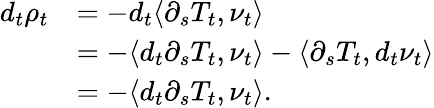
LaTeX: \begin{array}{rl}{d_{t}\rho_{t}}&{=-d_{t}\langle\partial_{s}T_{t},\nu_{t}\rangle}\\ &{=-\langle d_{t}\partial_{s}T_{t},\nu_{t}\rangle-\langle\partial_{s}T_{t},d_{t}\nu_{t}\rangle}\\ &{=-\langle d_{t}\partial_{s}T_{t},\nu_{t}\rangle.}\end{array}